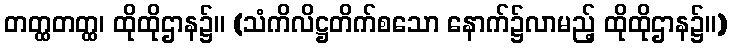
တတ္ထတတ္ထ၊ ထိုထိုဌာန၌။ (သံကိလိဋ္ဌတိက်စသော နောက်၌လာမည့် ထိုထိုဌာန၌။)